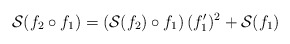
\begin{align*}\mathcal S(f_2 \circ f_1) = \left (\mathcal S(f_2) \circ f_1 \right) (f_1')^2 + \mathcal S(f_1)\end{align*}